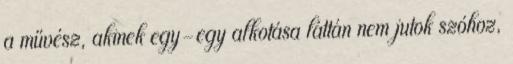
a művész, akinek egy-egy alkotása láttán nem jutok szóhoz,